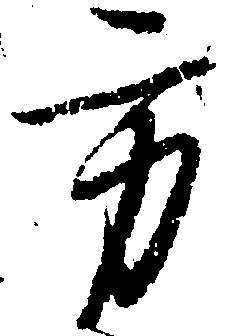
方